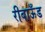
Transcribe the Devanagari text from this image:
रीबाऊँड